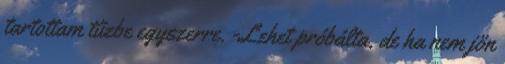
tartottam tűzbe egyszerre. -Lehet próbálta, de ha nem jön